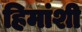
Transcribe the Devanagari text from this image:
हिमांशी